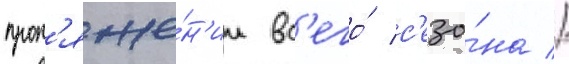
прот'яже́н'ии вс'его́ с'езо́на //